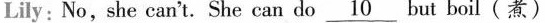
Lily: No,she can't.She can do but \underline{10}boil(煮)